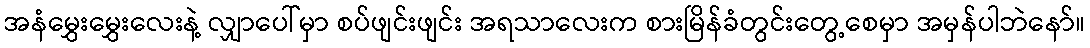
အနံမွှေးမွှေးလေးနဲ့ လျှာပေါ်မှာ စပ်ဖျင်းဖျင်း အရသာလေးက စားမြိန်ခံတွင်းတွေ့စေမှာ အမှန်ပါဘဲနော်။